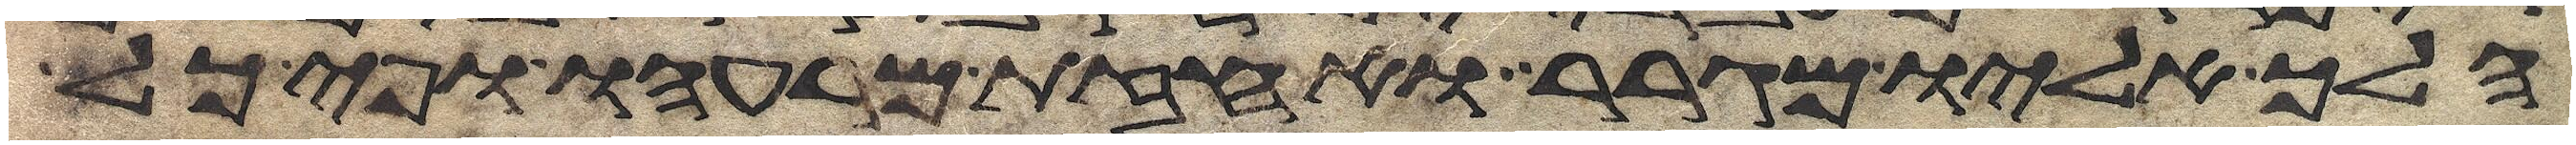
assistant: הלך אליו מגרר ואחזת מרעהו ופיכל